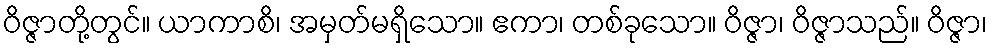
ဝိဇ္ဇာတို့တွင်။ ယာကာစိ၊ အမှတ်မရှိသော။ ဧကာ၊ တစ်ခုသော။ ဝိဇ္ဇာ၊ ဝိဇ္ဇာသည်။ ဝိဇ္ဇာ၊